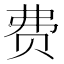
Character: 费